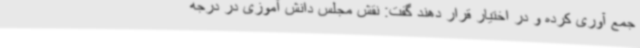
جمع آوری کرده و در اختیار قرار دهند گفت: نقش مجلس دانش آموزی در درجه